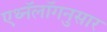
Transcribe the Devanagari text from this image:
एथ्नॅलॉगनुसार